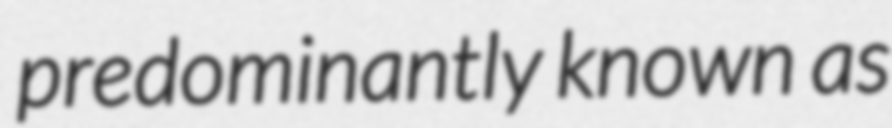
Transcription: predominantly known as